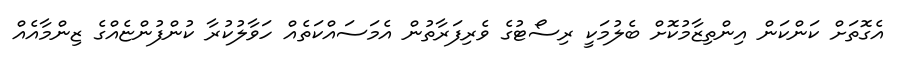
އެގޮތަށް ކަންކަން އިންތިޒާމުކޮށް ބެލުމަކީ ރިސޯޓުގެ ވެރިފަރާތުން އެމަސައްކަތެއް ހަވާލުކުރާ ކުންފުންޏެއްގެ ޒިންމާއެއް